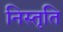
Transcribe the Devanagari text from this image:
निस्तृति